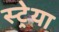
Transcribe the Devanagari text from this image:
स्ट्रेया